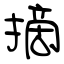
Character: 摘